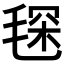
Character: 𣮓